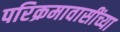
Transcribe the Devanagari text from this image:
परिक्रमावासींच्या